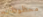
محظوظان